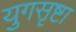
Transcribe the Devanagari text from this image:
युगसृष्टा